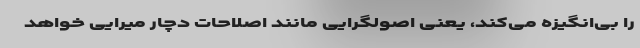
را بی‌انگیزه می‌کند، یعنی اصولگرایی مانند اصلاحات دچار میرایی خواهد